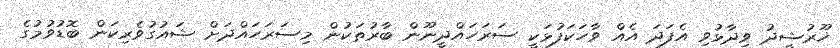
ޚޫރުޝީދު ވިދާޅުވި އެފަދަ އެއް ވާހަކަފުޅަކީ ސަރަހައްދީނޫން ބާރުތަކުން މިސަރަހައްދަށް ޝައުގުވެރިކަން ބޮޑުވުމުގެ